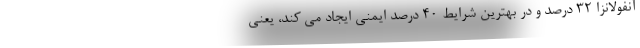
آنفولانزا ۳۲ درصد و در بهترین شرایط ۴۰ درصد ایمنی ایجاد می کند، یعنی